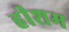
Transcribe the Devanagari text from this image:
हीशम